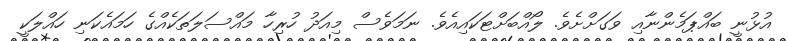
އުޅުނީ ބައްޕަމެންނާއި ވަގަށްށެވެ. ލޯއްބަށްޓަކައިއެވެ. ނަމަވެސް މިއަދު ހުރިހާ މައްސަލަތަކެއްގެ ހަމައެކަނި ހައްލަކީ